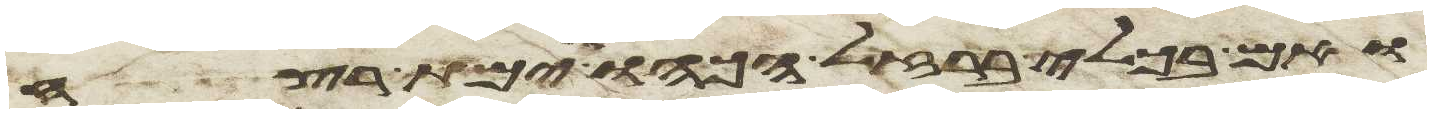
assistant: ואם בכלי ברזל הכהו וימת רצח